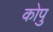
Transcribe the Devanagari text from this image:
कोपु